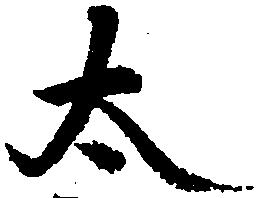
太